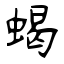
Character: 蝎